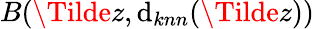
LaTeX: B(\Tilde{z},\mathrm{d}_{knn}(\Tilde{z}))